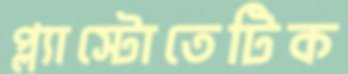
প্ল্যাস্টোতেটিক